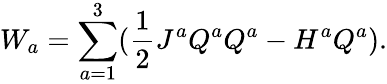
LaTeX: W_{a}=\sum_{a=1}^{3}(\frac{1}{2}J^{a}Q^{a}Q^{a}-H^{a}Q^{a}).